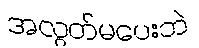
အလွတ်မပေးဘဲ